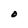
Character: 0